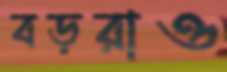
বড়রাও